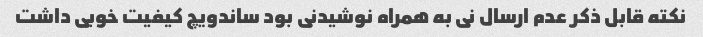
نکته قابل ذکر عدم ارسال نی به همراه نوشیدنی بود ساندویچ کیفیت خوبی داشت